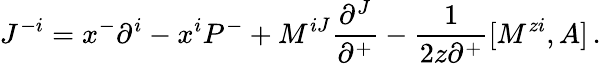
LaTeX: J^{-i}=x^{-}\partial^{i}-x^{i}P^{-}+M^{iJ}\frac{\partial^{J}}{\partial^{+}}-\frac{1}{2z\partial^{+}}[M^{zi},A]\, .